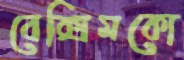
বেক্সিমকো